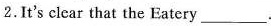
2.It's clear that the Eatery___.